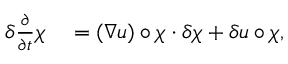
\begin{array} { r l } { \delta \frac { \partial } { \partial t } \chi } & { { } = ( \nabla u ) \circ \chi \cdot \delta { \chi } + \delta { u } \circ \chi , } \end{array}